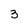
Character: 3